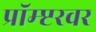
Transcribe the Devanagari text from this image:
प्रॉम्प्टरवर